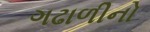
ગઢાળીનો